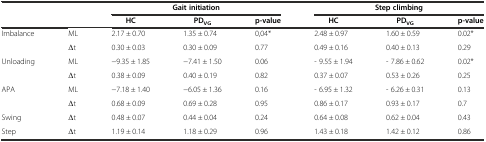
|  |  | <COLSPAN=3> Gait initiation | <COLSPAN=3> Step climbing |
 |  |  | HC | PDVG | p-value | HC | PDVG | p-value |
 | --- | --- | --- | --- | --- | --- | --- | --- |
 | <ROWSPAN=2> Imbalance | ML | 2.17 ± 0.70 | 1.35 ± 0.74 | 0,04* | 2.48 ± 0.97 | 1.60 ± 0.59 | 0.02* |
 | Δt | 0.30 ± 0.03 | 0.30 ± 0.09 | 0.77 | 0.49 ± 0.16 | 0.40 ± 0.13 | 0.29 |
 | <ROWSPAN=2> Unloading | ML | −9.35 ± 1.85 | −7.41 ± 1.50 | 0.06 | - 9.55 ± 1.94 | - 7.86 ± 0.62 | 0.02* |
 | Δt | 0.38 ± 0.09 | 0.40 ± 0.19 | 0.82 | 0.37 ± 0.07 | 0.53 ± 0.26 | 0.25 |
 | <ROWSPAN=2> APA | ML | −7.18 ± 1.40 | −6.05 ± 1.36 | 0.16 | - 6.95 ± 1.32 | - 6.26 ± 0.31 | 0.13 |
 | Δt | 0.68 ± 0.09 | 0.69 ± 0.28 | 0.95 | 0.86 ± 0.17 | 0.93 ± 0.17 | 0.7 |
 | Swing | Δt | 0.48 ± 0.07 | 0.44 ± 0.04 | 0.24 | 0.64 ± 0.08 | 0.62 ± 0.04 | 0.43 |
 | Step | Δt | 1.19 ± 0.14 | 1.18 ± 0.29 | 0.96 | 1.43 ± 0.18 | 1.42 ± 0.12 | 0.86 |